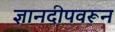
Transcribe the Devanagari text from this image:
ज्ञानदीपवरून